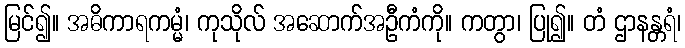
မြင်၍။ အဓိကာရကမ္မံ၊ ကုသိုလ် အဆောက်အဦကံကို။ ကတွာ၊ ပြု၍။ တံ ဌာနန္တရံ၊